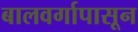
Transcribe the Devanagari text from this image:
बालवर्गापासून